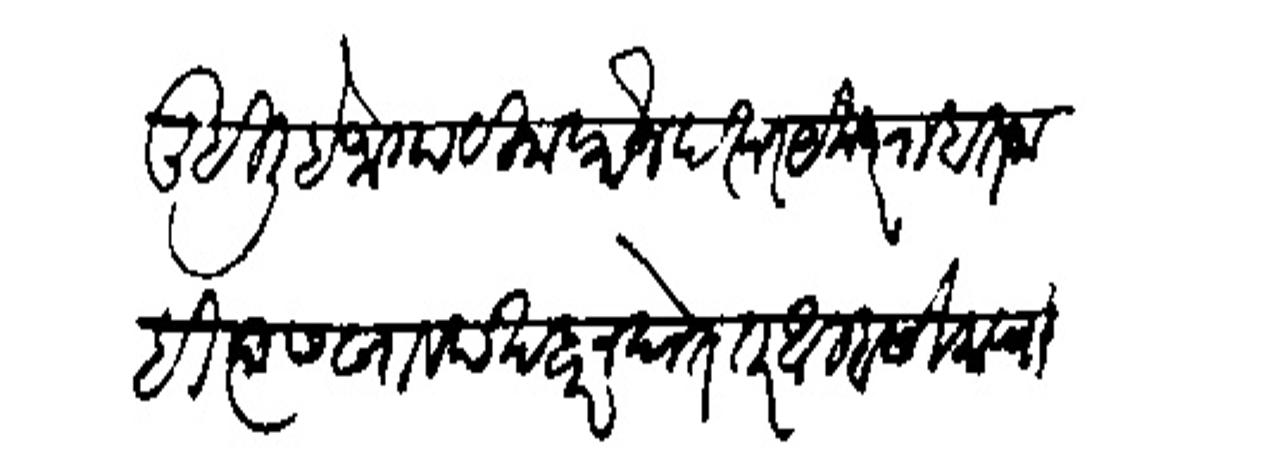
Transliteration (Devanagari): लिहिली है जागा बिना फौज इस्त येकदर राहात नाही त्यास खावद सबर न धेत तर आम्हा सेवकाचा